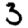
Digit: 3